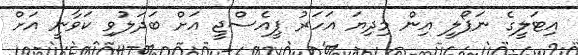
އިޓަލީގެ ނަޕޯލީ އިން މިދިޔަ އަހަރު ޕީއެސްޖީ އަށް ބަދަލުވި ކަވާނީ އަށް